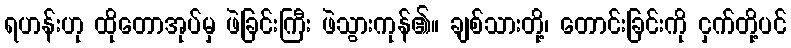
ရဟန်းဟု ထိုတောအုပ်မှ ဖဲခြင်းကြီး ဖဲသွားကုန်၏။ ချစ်သားတို့၊ တောင်းခြင်းကို ငှက်တို့ပင်